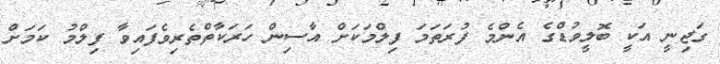
ގަޖިނީ އަކީ ބޮލީވުޑްގެ އެންމެ ފުރަތަމަ ފިލްމަކަށް އާސިން ހަރަކާތްތެރިވެފައިވާ ފިލްމު ކަމަށް